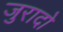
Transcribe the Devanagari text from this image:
जुरादो